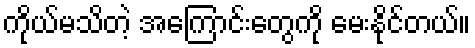
ကိုယ်မသိတဲ့ အကြောင်းတွေကို မေးနိုင်တယ်။